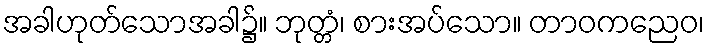
အခါဟုတ်သောအခါ၌။ ဘုတ္တံ၊ စားအပ်သော။ တာဝကညေဝ၊